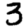
Digit: 3